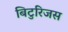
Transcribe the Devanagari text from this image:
बिटुरिजस